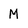
Character: M